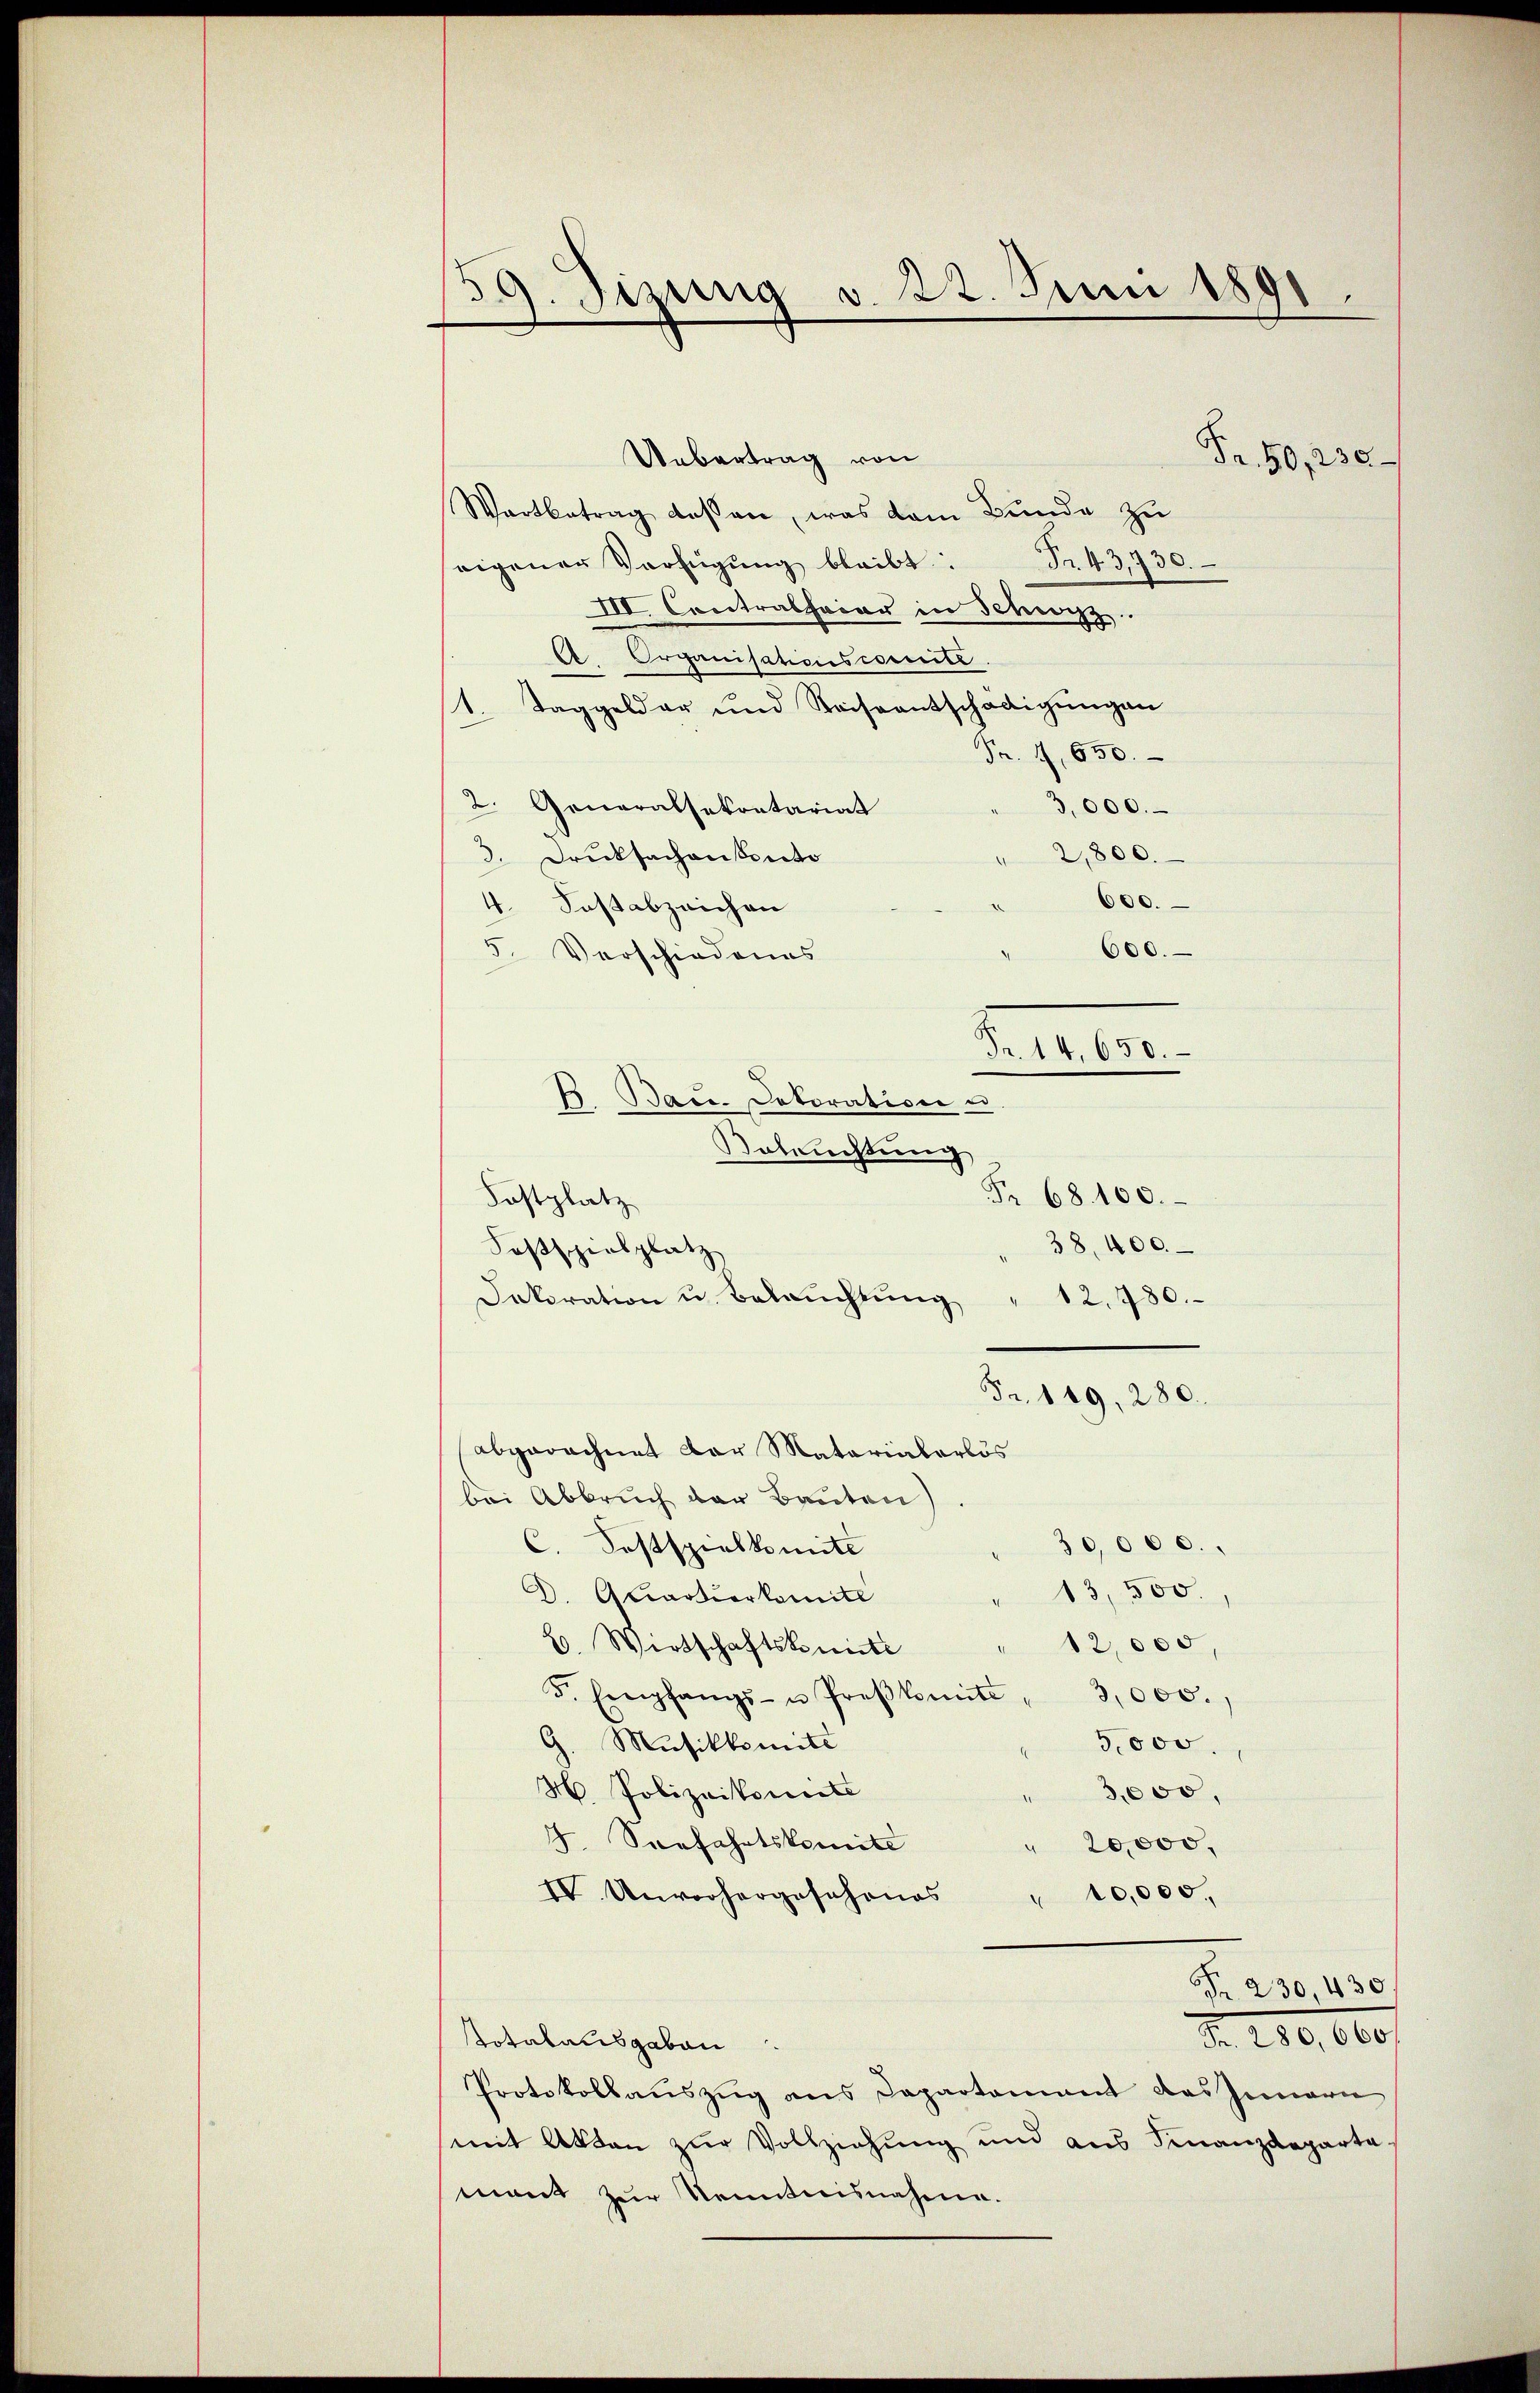
59. Sizung d. 22. Juni 1891.

Uebertrag von
Wartbetrag dessen, was dem Bunde zu
eigener Verfügŭng bleibt: Fr. 43,730.
III. Contralheiar in Schwyz.
A. Organisationscomité
1. Taggeldar und Reiseentschädigŭngen
Fr. 4, 650.
3,000.
2. Generalsekontariat
"2,800.
3. Drucksachen konto
600.
4. Fast abzeichen
600.
5. Verschiedenes
Fr. 68100.
38. 400.
Fr. 149, 280.
abgerechnet der Matarialerlös
bei Abbruch der Bauten
30,000.
C. Postspielkomite
13,500.
D. Quartierkomite
12,000
B. Wirtschaftskomite
F. Empfangs- u Proβkomite 3,000.,
G. Musikkmitt
5,000.
H. Polizeikomite
3,000,
F. Seefahrtskomite
" 20,000,
10,000.
IV. Unvorhergeschones
Fr. 230, 430.
N. 110, 660/
totalausgaben
Protokollaŭszŭg ans Departamant das Innern
mit Akten zur Vollziehung und aus Finanzdeparta-
mant zur Kenntnisnahme.

K. Bace. Dekoration u.
Boluchtung
Fostplatz
Fosspielplatz
Dekoration u. Beleŭchtŭng " 12. 780.

Seiter.

Fr. 50, 230